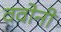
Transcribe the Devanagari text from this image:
ववोनी